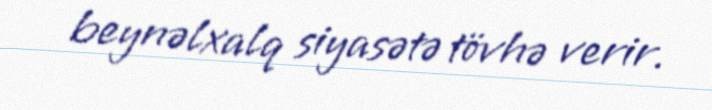
beynəlxalq siyasətə tövhə verir.